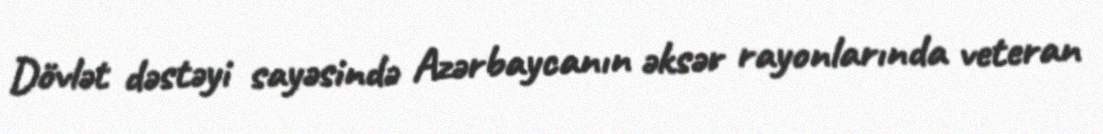
Dövlət dəstəyi sayəsində Azərbaycanın əksər rayonlarında veteran